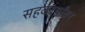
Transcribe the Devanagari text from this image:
सहकार्यांवर